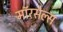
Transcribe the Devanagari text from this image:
मॉरसेल्स